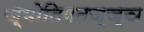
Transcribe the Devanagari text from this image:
ज्योतिषतज्ज्ञ